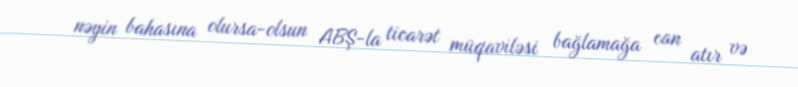
nəyin bahasına olursa-olsun ABŞ-la ticarət müqaviləsi bağlamağa can atır və